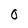
Character: 0